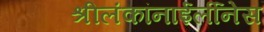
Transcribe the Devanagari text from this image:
श्रीलंकांनाईर्लीनेस